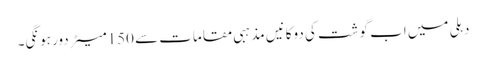
دہلی میں اب گوشت کی دوکانیں مذہبی مقامات سے 150میٹر دور ہونگی۔